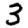
Digit: 3